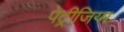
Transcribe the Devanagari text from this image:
पेट्रीजिय्म